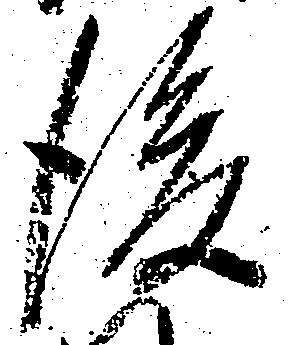
後